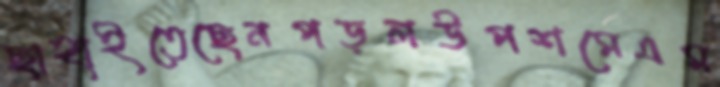
ছাহাইতেছেনপড়লউপশমেএম